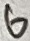
Text: 6